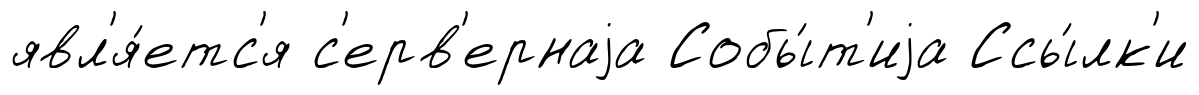
явл'я́етс'я с'ерв'ернаjа Собы́т'иjа Ссы́лк'и